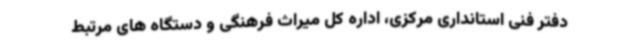
دفتر فنی استانداری مرکزی، اداره کل میراث فرهنگی و دستگاه های مرتبط